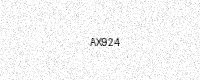
Text: AX924